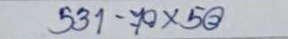
531 - 70 x 50